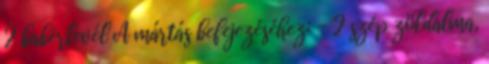
2 babérlevél A mártás befejezéséhez: - 2 szép zöldalma,